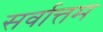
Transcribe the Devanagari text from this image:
सर्वात्तम